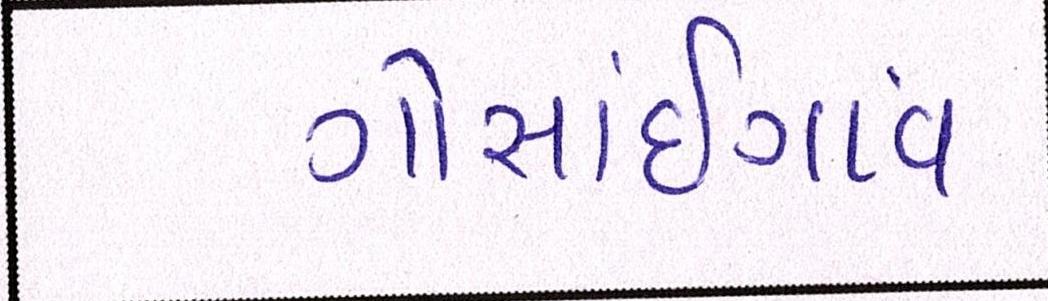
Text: ગોસાંઇગાંવ